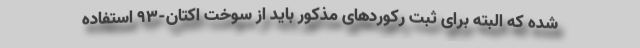
شده که البته برای ثبت رکوردهای مذکور باید از سوخت اکتان-93 استفاده